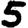
Digit: 5